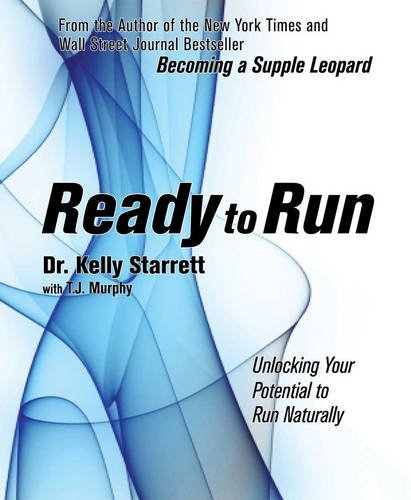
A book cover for Ready to Run: Unlocking Your Potential to Run Naturally; Kelly Starrett; Medical Books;